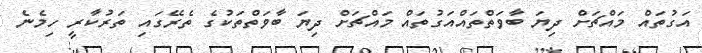
އަގުތައް މައްޗަށް ދިޔަ ބާވަތްތައްއަގުތައް މައްޗަށް ދިޔަ ބާވަތްތަކުގެ ތެރޭގައި ތަރުކާރީ ހިމެނެ